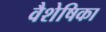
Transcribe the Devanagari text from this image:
वैशेषिका